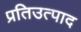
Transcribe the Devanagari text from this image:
प्रतिउत्पाद